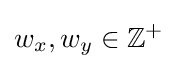
w_{x},w_{y}\in \mathbb {Z} ^{+}